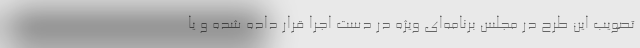
تصویب این طرح در مجلس برنامه‌ای ویژه در دست اجرا قرار داده شده و یا